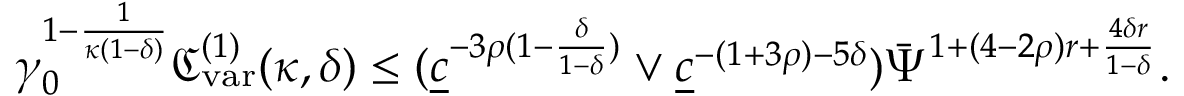
\gamma _ { 0 } ^ { 1 - \frac { 1 } { \kappa ( 1 - \delta ) } } \mathfrak { C _ { \mathrm { v a r } } ^ { ( 1 ) } } ( \kappa , \delta ) \le ( \underline { { c } } ^ { - 3 \rho ( 1 - \frac { \delta } { 1 - \delta } ) } \vee \underline { { c } } ^ { - ( 1 + 3 \rho ) - 5 \delta } ) \bar { \Psi } ^ { 1 + ( 4 - 2 \rho ) r + \frac { 4 \delta r } { 1 - \delta } } .